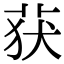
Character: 获